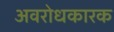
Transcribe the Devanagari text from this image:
अवरोधकारक